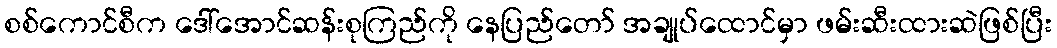
စစ်ကောင်စီက ဒေါ်အောင်ဆန်းစုကြည်ကို နေပြည်တော် အချုပ်ထောင်မှာ ဖမ်းဆီးထားဆဲဖြစ်ပြီး